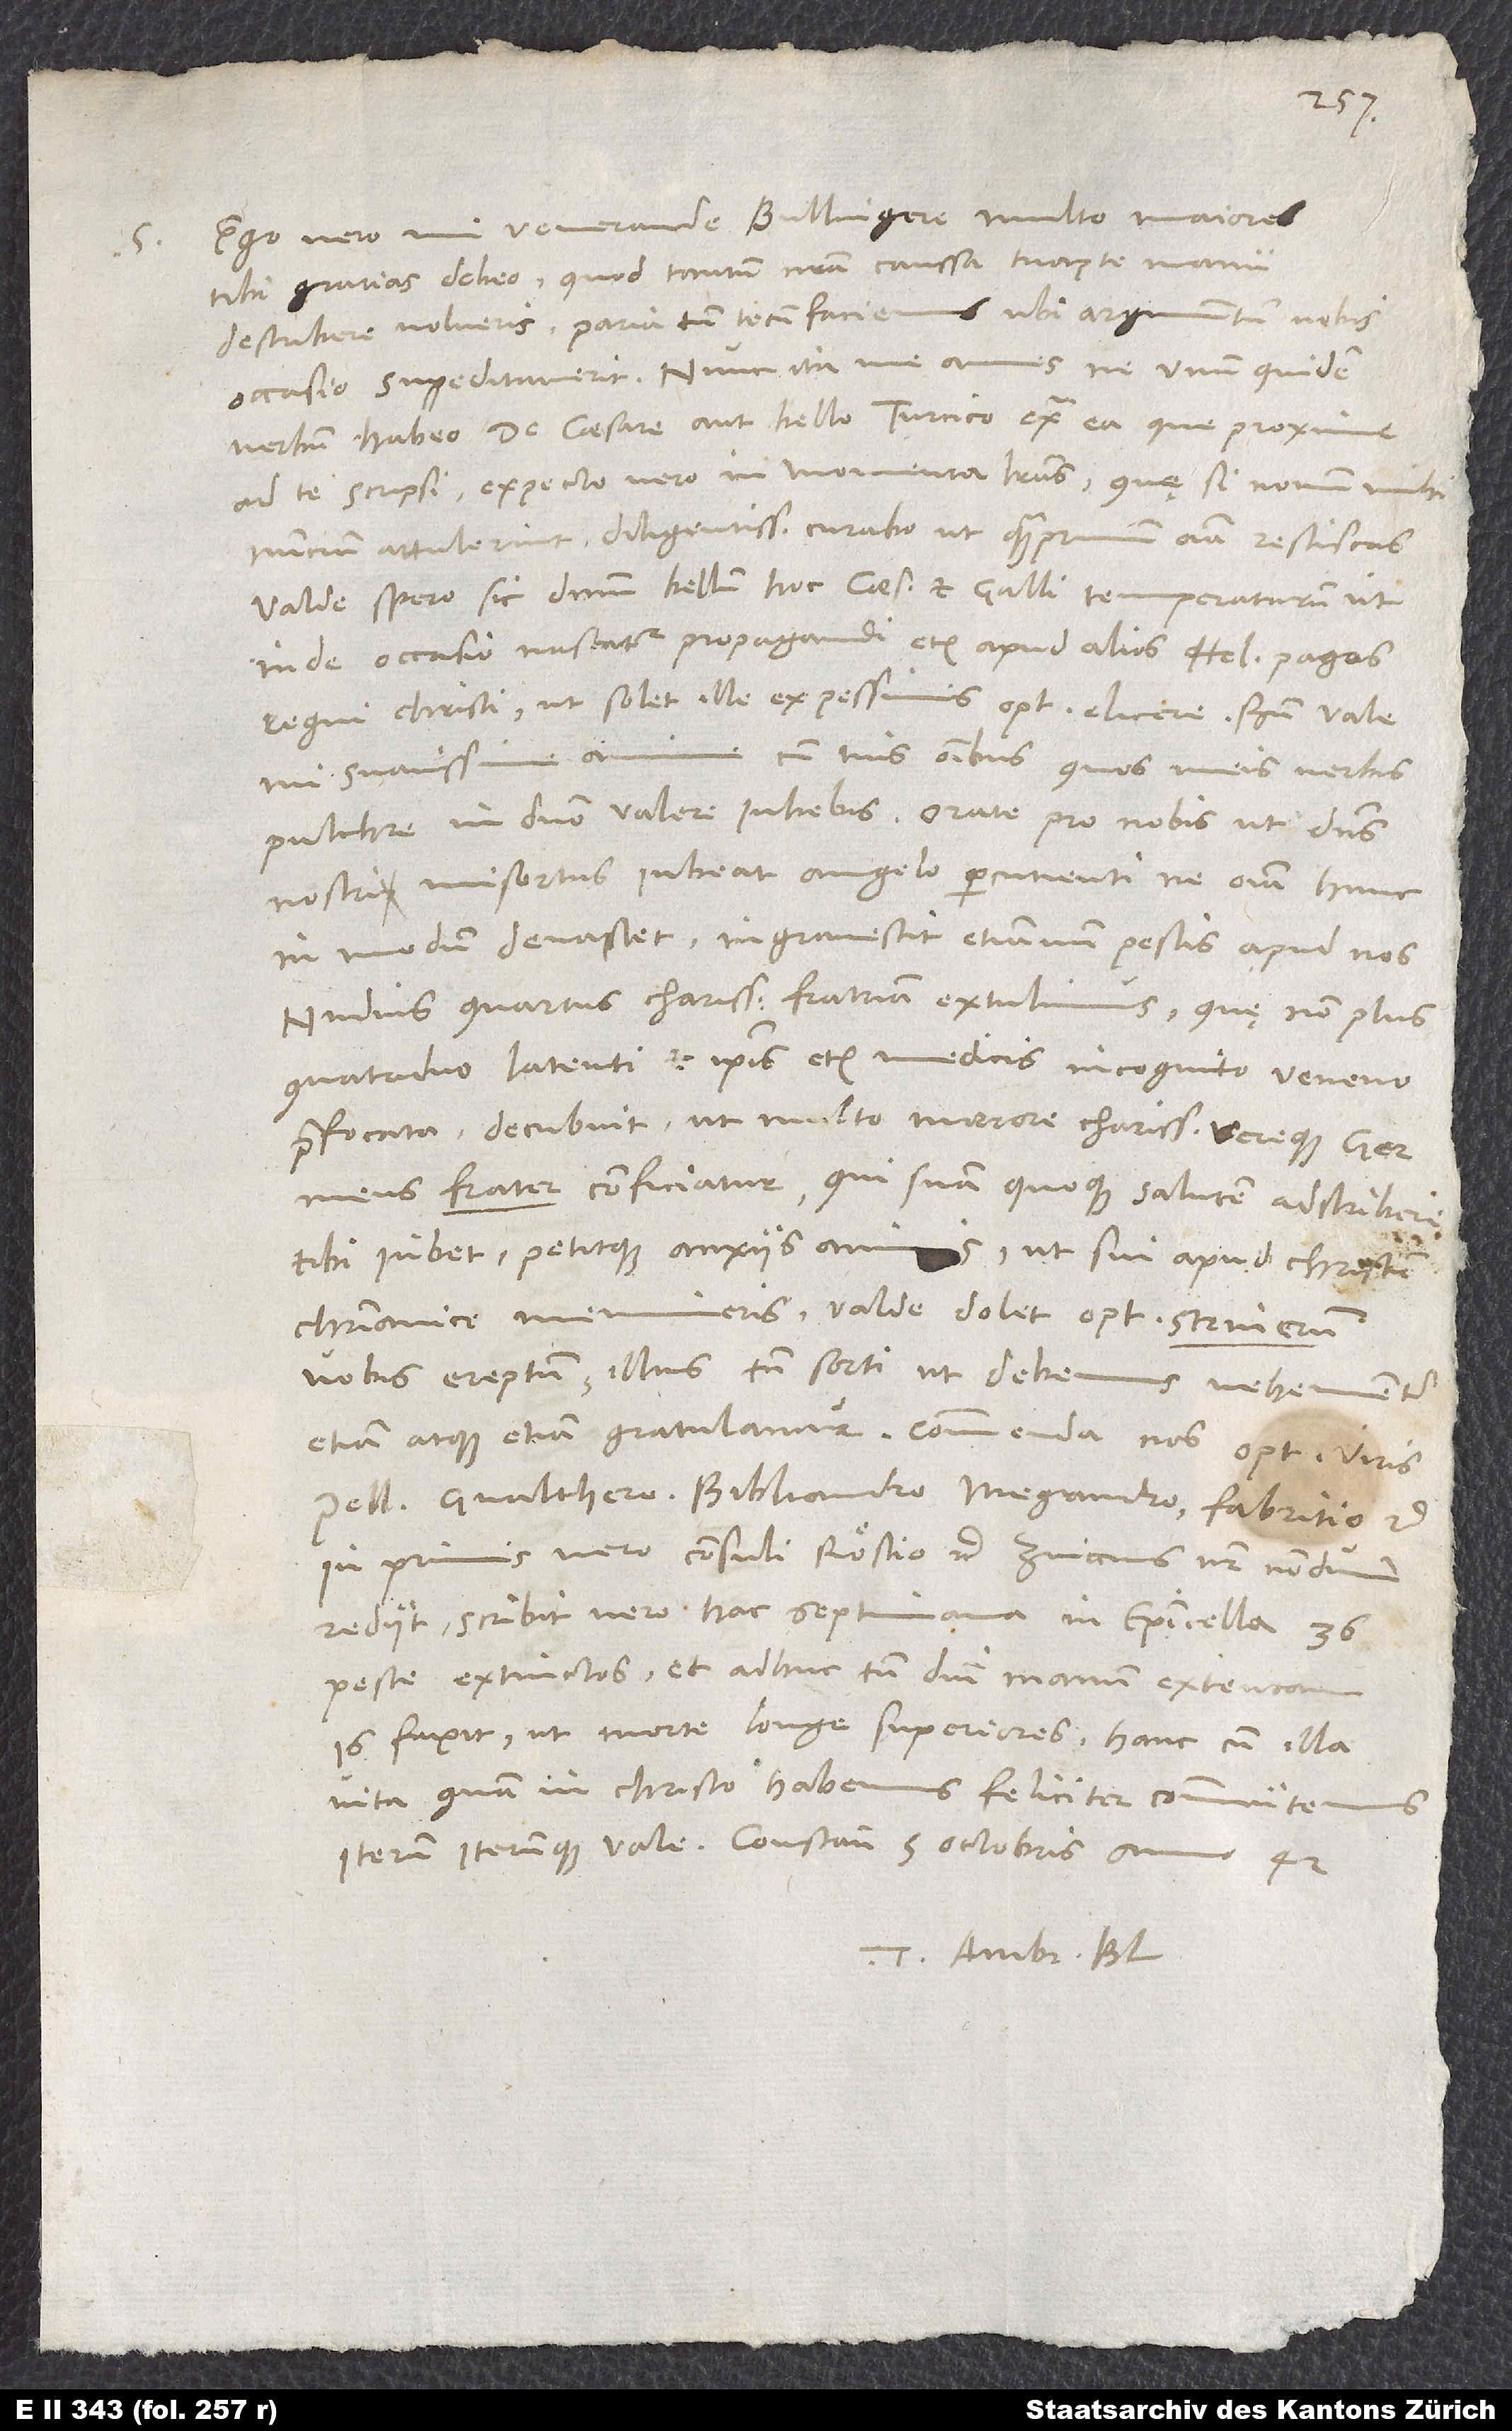
Ego vero, mi venerande Bullingere, multo maiores
tibi gratias debeo, quod tantum nostra caussa tuapte manu
describere volueris. Paria tamen tecum faciemus, ubi argumentum nobis
occasio suppeditaverit. Nunc, ita me ames, ne unum quidem
verbum habeo de caesare aut bello Turcico extra ea, que proxime
ad te scripsi, expecto vero in momenta literas. Quę si novum
nuncium attulerint, diligentissime curabo, ut quamprimum omnia resciscas.
Valde spero sic dominum bellum hoc caesaris et Galli temperaturum, ut
inde occasio nascatur propagandi etiam apud alios Helveticos pagos
regni Christi, ut solet ille ex pessimis optima elicere.
mi suavissime anime, cum tuis omnibus, quos meis verbis
pulchre in domino valere iubebis. Orate pro nobis, ut dominus
nostri misertus iubeat angelo percutienti, ne omnia hunc
in modum devastet. Ingravescit etiamnum pestis apud nos;
nudius quartus charissimam fratriam extulimus, quę non plus
quatriduum latenti et ipsis etiam medicis incognito veneno
praefocata decubuit, ut multo moerore charissimus vereque germanus
meus frater conficiatur, qui suam quoque salutem adscribere
tibi iubet petitque anxiis anis, ut sui apud Christum
christianice memineris. Valde dolet optimum Steinerum
vobis ereptum; illius tamen sorti, ut debemus, vehementer
etiam atque etiam gratulamur. Commenda nos optimis viris
Pellicano, Gvalthero, Bibliandro, Megandro, Fabricio etc.,
rediit, scribit vero hac septimana in Episcopicella 36
peste extinctos et adhuc tamen domini manum extentam.
Is faxit, ut morte longe superiores hanc cum illa
vita, quam in Christo habemus, feliciter commutemus.
Tuus Ambr. Bl.